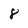
Character: 8